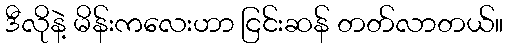
ဒီလိုနဲ့ မိန်းကလေးဟာ ငြင်းဆန် တတ်လာတယ်။